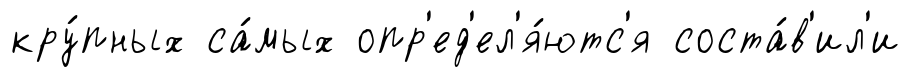
кру́пных са́мых опр'ед'ел'я́ютс'я соста́в'ил'и